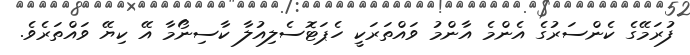
ފުރަމޭގެ ކެންސަރުގެ އެންމެ އާންމު ވައްތަރަކީ ހެޕަޓޮސެލިއުލާ ކާސިނޯމާ އޭ ކިޔޭ ވައްތަރެވެ.